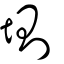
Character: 𡍫